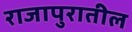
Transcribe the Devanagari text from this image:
राजापुरातील